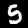
Digit: 5